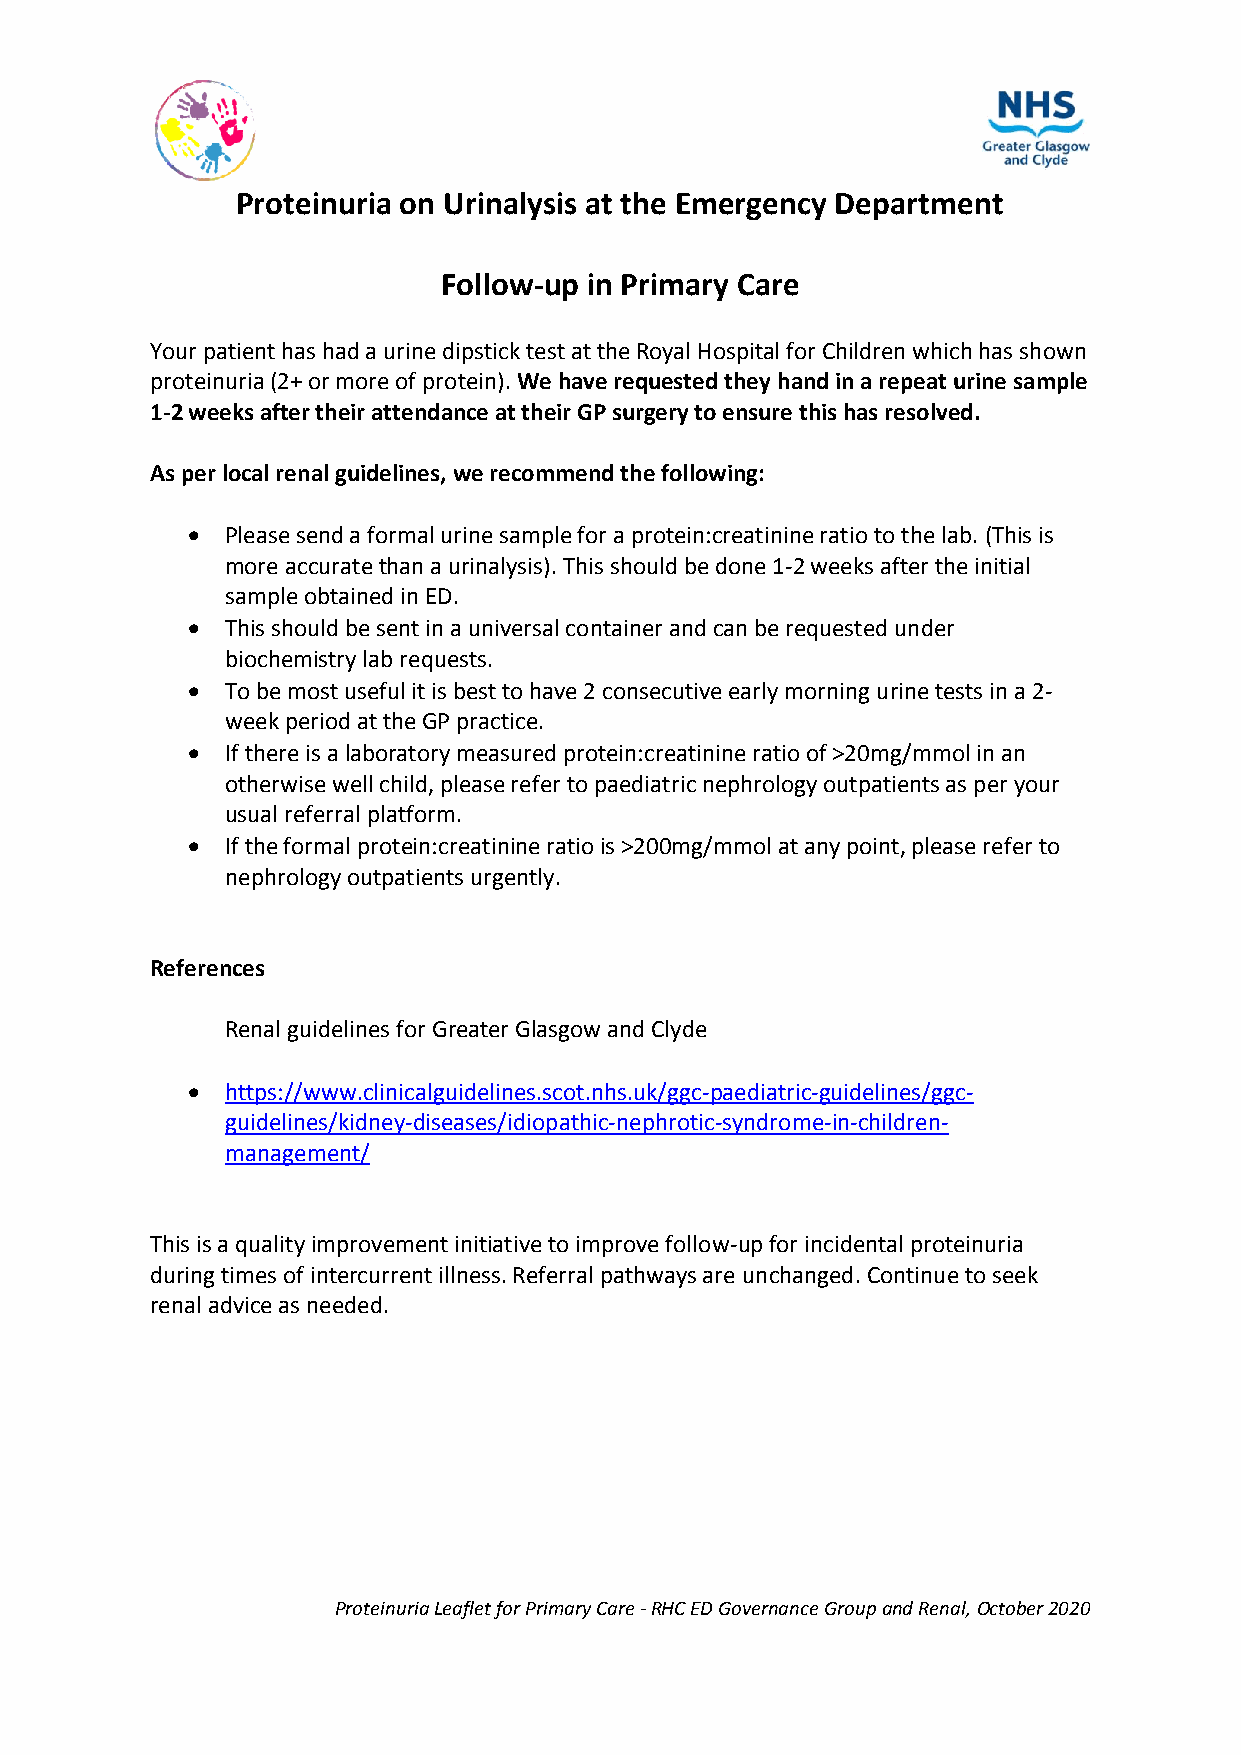
Proteinuria on Urinalysis at the Emergency Department
 Follow-up in Primary Care
 Your patient has had a urine dipstick test at the Royal Hospital for Children which has shown
 proteinuria (2+ or more of protein). We have requested they hand in a repeat urine sample
 1-2 weeks after their attendance at their GP surgery to ensure this has resolved.
 As per local renal guidelines, we recommend the following:
   Please send a formal urine sample for a protein:creatinine ratio to the lab. (This is
 more accurate than a urinalysis). This should be done 1-2 weeks after the initial
 sample obtained in ED.
   This should be sent in a universal container and can be requested under
 biochemistry lab requests.
   To be most useful it is best to have 2 consecutive early morning urine tests in a 2-
 week period at the GP practice.
   If there is a laboratory measured protein:creatinine ratio of >20mg/mmol in an
 otherwise well child, please refer to paediatric nephrology outpatients as per your
 usual referral platform.
   If the formal protein:creatinine ratio is >200mg/mmol at any point, please refer to
 nephrology outpatients urgently.
 References
 Renal guidelines for Greater Glasgow and Clyde
   https://www.clinicalguidelines.scot.nhs.uk/ggc-paediatric-guidelines/ggc-
 guidelines/kidney-diseases/idiopathic-nephrotic-syndrome-in-children-
 management/
 This is a quality improvement initiative to improve follow-up for incidental proteinuria
 during times of intercurrent illness. Referral pathways are unchanged. Continue to seek
 renal advice as needed.
 Proteinuria Leaflet for Primary Care - RHC ED Governance Group and Renal, October 2020